Leprosy in India: report of the Leprosy Commission in India, 1890-91
Year: 1890
Disease focus: Leprosy
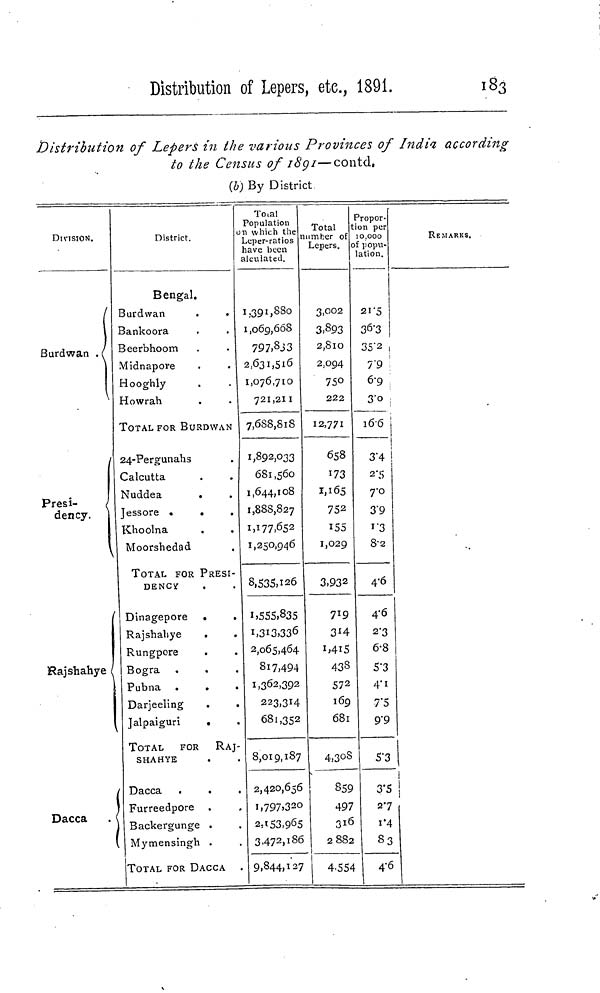
Distribution of Lepers, etc, 1891.
183
Distribution of Lepers in the various Provinces of India according
to the Census of 16'pi—contd.
(b) By District
DIVISION.
Burdwan .
Presi-
dency.
Rajshahye i
Dacca
. (
District.
Bengal.
3urdwan
3ankoora
3eerbhoom
Midnapore
•looghly
iowrah
TOTAL FOR BURDWAN
24-Pergunahs
Calcutta
Nuddea
.
Jessore .
.
Khoolna
Moorshedad
TOTAL FOR PRESI-
DENCY
Dinagepore .
Rajshaliye
.
Rungpore
Bogra
Pubna .
.
Darjeeling
.
.
Jalpaiguri
.
TOTAL
FOR RAJ-
SHAHYE
Dacca
Furreedpore
Backergunge .
Mymensingh .
TOTAL FOR DACCA
Tcnal
Population
1 which the
..cper-ratios
lave been
alcuiated.
1,391,880
1,069,668
79 7.8 J 3
2,631,516
1,076,710
721,211
7,688,818
1,892,033
681,560
1,644,108
1,888,827
1,177,652
1,250,946
8,535,126
1,555,835
i»3i3,33 6
2,065,464
817,494
1,362,392
223,314
681,352
8,019,187
2,420,656
i,797,32o
2 : i53,9 6 5
3,472,186
9,844,127
Total
umber of
Lepers,
3,002
3, 8 93
2,8lO
2.094
75°2
22
12,771
658
173
1,165
752
155
1,029
3,932
719
3*4
i»4i5
433
572
169
681
4,3 oS
859
497
316
2882
4,554
'ropor-
on per
0,000
f popu-
ation.
2T5
3<5'3
35"2 ,
T9 \
6-9 ;
3o
16-6
i
3"4
2\'>
7-O
3'9
1 "3
8-2
4-6
4-6
2'3
6-8
5-3
4'1
7*5
9"9
5'3
3'5
27
i*4
33
4-6
REMARKS,
!
i